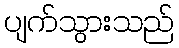
ပျက်သွားသည်